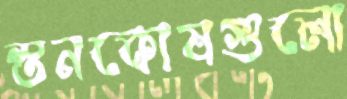
স্তনকোষগুলো